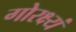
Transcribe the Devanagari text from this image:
गोरक्ष्यं